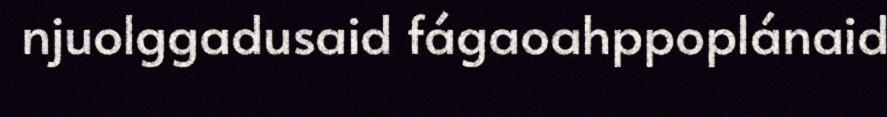
njuolggadusaid fágaoahppoplánaid